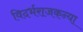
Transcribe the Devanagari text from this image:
विदर्भराजकन्या